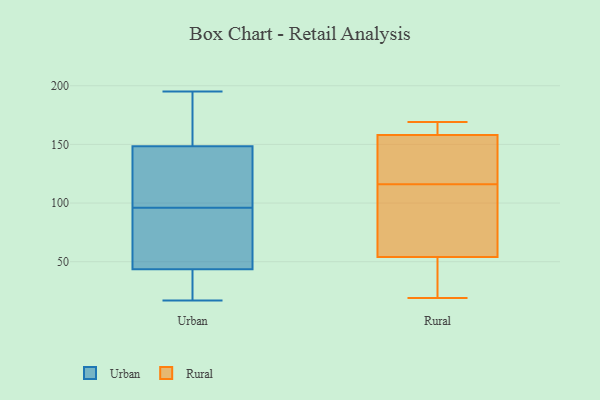
{"axis": {"x": "Waste Production (Tons)", "y": "Value"}, "legend": ["Rural", "Urban"], "data": [{"x": "", "y": 124, "type": "Urban"}, {"x": "", "y": 150, "type": "Urban"}, {"x": "", "y": 25, "type": "Urban"}, {"x": "", "y": 42, "type": "Urban"}, {"x": "", "y": 96, "type": "Urban"}, {"x": "", "y": 163, "type": "Urban"}, {"x": "", "y": 48, "type": "Urban"}, {"x": "", "y": 135, "type": "Urban"}, {"x": "", "y": 78, "type": "Urban"}, {"x": "", "y": 151, "type": "Urban"}, {"x": "", "y": 17, "type": "Urban"}, {"x": "", "y": 42, "type": "Urban"}, {"x": "", "y": 73, "type": "Urban"}, {"x": "", "y": 144, "type": "Urban"}, {"x": "", "y": 195, "type": "Urban"}, {"x": "", "y": 124, "type": "Rural"}, {"x": "", "y": 54, "type": "Rural"}, {"x": "", "y": 164, "type": "Rural"}, {"x": "", "y": 51, "type": "Rural"}, {"x": "", "y": 101, "type": "Rural"}, {"x": "", "y": 158, "type": "Rural"}, {"x": "", "y": 152, "type": "Rural"}, {"x": "", "y": 19, "type": "Rural"}, {"x": "", "y": 19, "type": "Rural"}, {"x": "", "y": 169, "type": "Rural"}, {"x": "", "y": 104, "type": "Rural"}, {"x": "", "y": 108, "type": "Rural"}, {"x": "", "y": 140, "type": "Rural"}, {"x": "", "y": 158, "type": "Rural"}]}